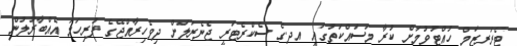
ޓެރަރިޒަމް ހުއްޓުވުމަށް ކުރާ މަސައްކަތުގައި އދ.ގެ ސެކްރެޓަރީ ޖެނެރަލަށް ދިވެހިރާއްޖޭގެ ފުރިހަމަ އެއްބާރުލުން